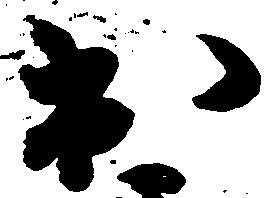
出